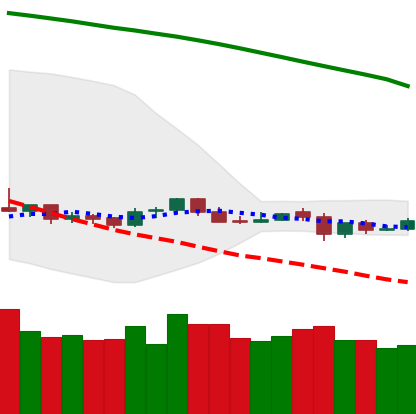
Ticker: NEO-USD
Chart end date: 2019-10-20
Forward return: 6.652%
Label: up_5_7